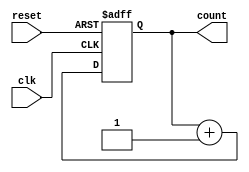
module synchronous_counter (
    input wire clk,       // Clock input
    input wire reset,     // Asynchronous reset
    output reg [1:0] count // 2-bit counter output
);

// Always block triggered on the rising edge of the clock or reset
always @(posedge clk or posedge reset) begin
    if (reset) begin
        // Asynchronously reset the counter
        count <= 2'b00; // Non-blocking assignment
    end else begin
        // Increment the counter on clock edge
        count <= count + 1; // Non-blocking assignment
    end
end

endmodule